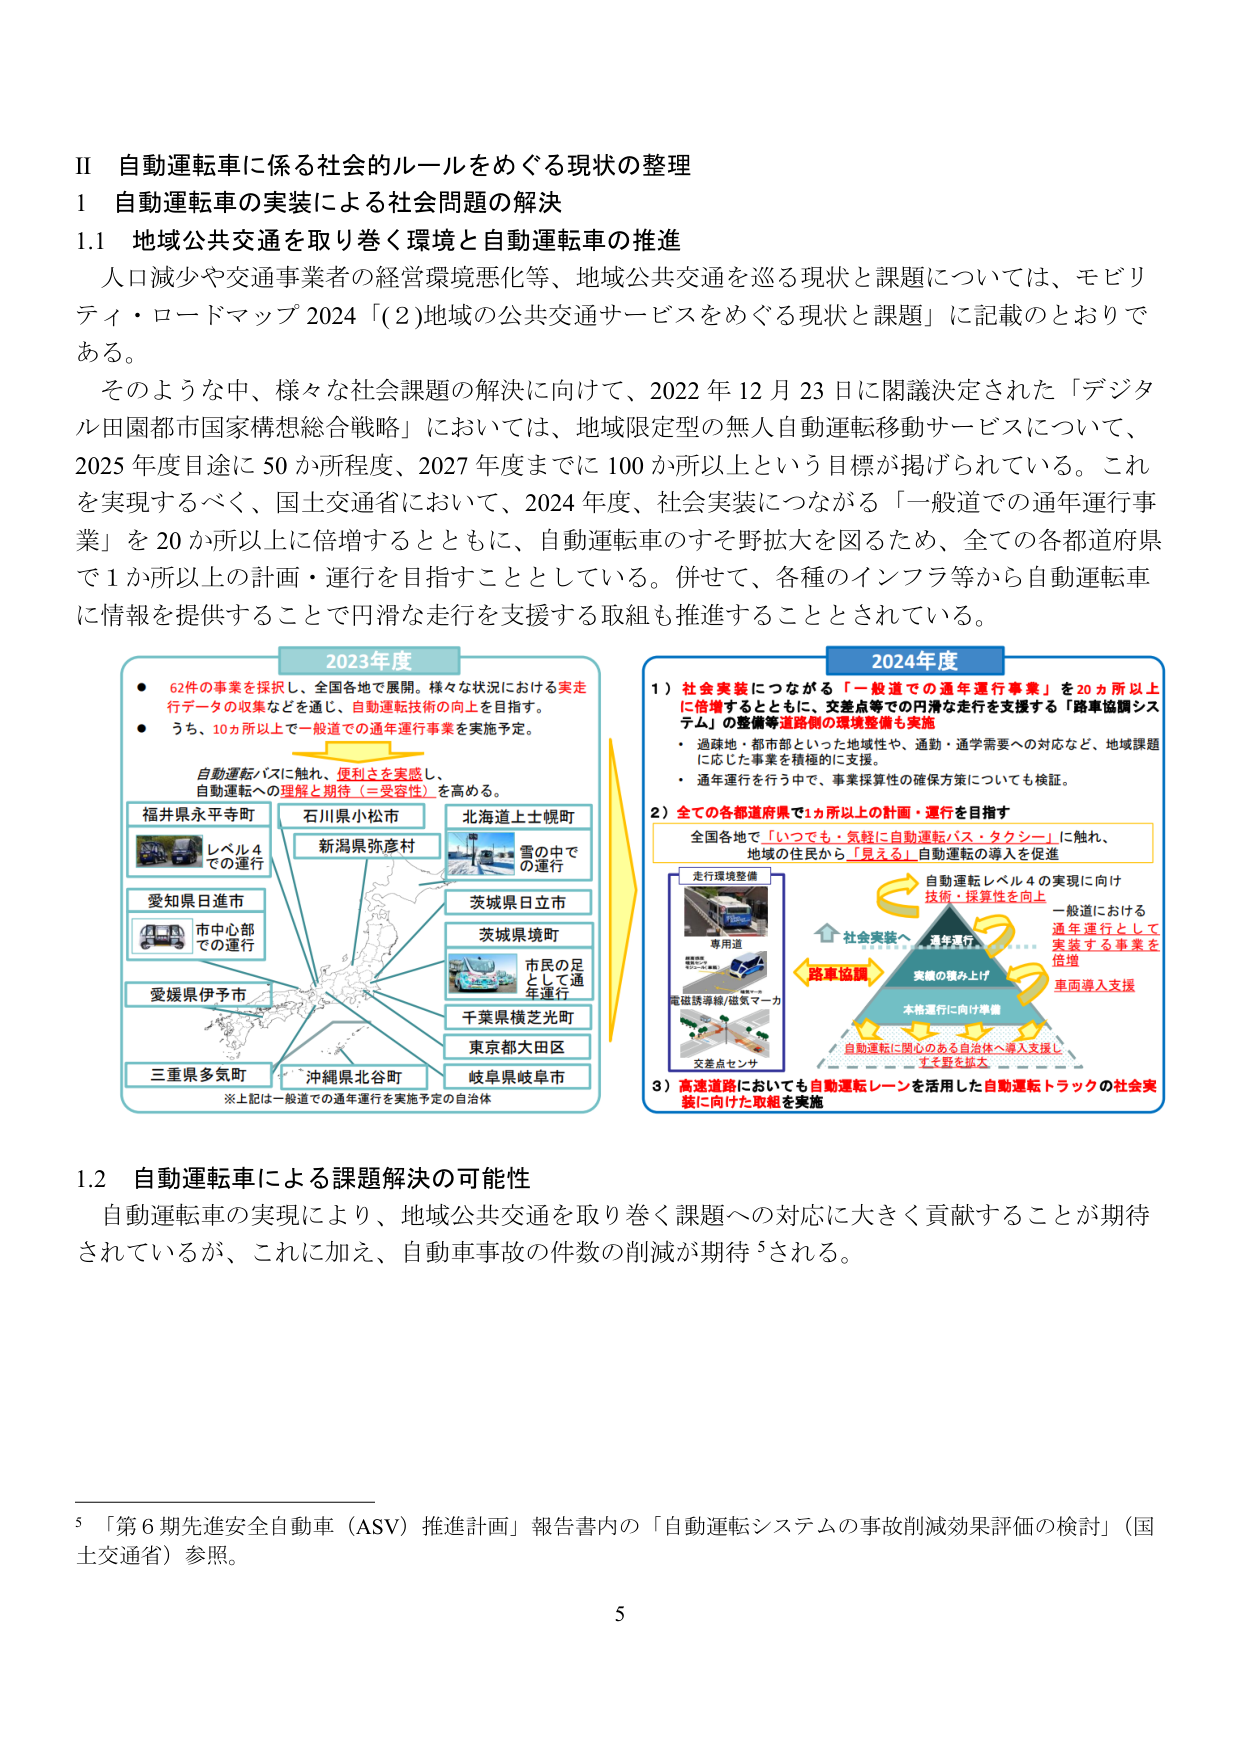
II 自動運転車に係る社会的ルールをめぐる現状の整理
1 自動運転車の実装による社会問題の解決
1.1 地域公共交通を取り巻く環境と自動運転車の推進
人口減少や交通事業者の経営環境悪化等、地域公共交通を巡る現状と課題については、モビリティ・ロードマップ 2024「(2)地域の公共交通サービスをめぐる現状と課題」に記載のとおりである。
そのような中、様々な社会課題の解決に向けて、2022年12月23日に閣議決定された「デジタル田園都市国家構想総合戦略」においては、地域限定型の無人自動運転移動サービスについて、2025年度目途に50か所程度、2027年度までに100か所以上という目標が掲げられている。これを実現するべく、国土交通省において、2024年度、社会実装につながる「一般道での通年運行事業」を20か所以上に倍増するとともに、自動運転車のすそ野拡大を図るため、全ての各都道府県で1か所以上の計画・運行を目指すこととしている。併せて、各種のインフラ等から自動運転車に情報を提供することで円滑な走行を支援する取組も推進することとされている。

2023年度
● 62件の事業を採択し、全国各地で展開。様々な状況における実走行データの収集などを通じ、自動運転技術の向上を目指す。
● うち、10か所以上で一般道での通年運行事業を実施予定。
自動運転バスに触れ、便利さを実感し、自動運転への理解と期待（＝受容性）を高める。
福井県永平寺町 レベル4での運行
石川県小松市
新潟県弥彦村
北海道上士幌町 雪の中で の運行
愛知県日進市 市中心部 での運行
茨城県日立市
茨城県境町 市民の足として通年運行
愛媛県伊予市
千葉県横芝光町
東京都大田区
三重県多気町
沖縄県北谷町
岐阜県岐阜市
※上記は一般道での通年運行を実施予定の自治体

2024年度
1）社会実装につながる「一般道での通年運行事業」を20か所以上に倍増するとともに、交差点等での円滑な走行を支援する「路車協調システム」の整備等道路側の環境整備も実施
・過疎地・都市部といった地域性や、通勤・通学需要への対応など、地域課題に応じた事業を積極的に支援。
・通年運行を行う中で、事業採算性の確保方策についても検証。
2）全ての各都道府県で1か所以上の計画・運行を目指す
全国各地で「いつでも・気軽に自動運転バス・タクシー」に触れ、地域の住民から「見える」自動運転の導入を促進
走行環境整備
専用道
電磁誘導線/磁気マーカ
交差点センサ
自動運転レベル4の実現に向け 技術・採算性を向上
社会実装へ 通年運行
路車協調 実績の積み上げ
本格運行に向け準備
自動運転に関心のある自治体へ導入支援し すそ野を拡大
一般道における 通年運行として 実装する事業を 倍増
車両導入支援
3）高速道路においても自動運転レーンを活用した自動運転トラックの社会実装に向けた取組を実施

1.2 自動運転車による課題解決の可能性
自動運転車の実現により、地域公共交通を取り巻く課題への対応に大きく貢献することが期待されているが、これに加え、自動車事故の件数の削減が期待される。

5 「第6期先進安全自動車（ASV）推進計画」報告書内の「自動運転システムの事故削減効果評価の検討」（国土交通省）参照。
5